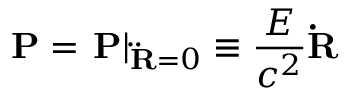
{ \bf P } = \left. { \bf P } \right| _ { { \bf \ddot { R } } = 0 } \equiv \frac { E } { c ^ { 2 } } { \bf \dot { R } }